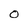
Character: O